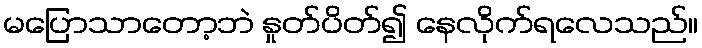
မပြောသာတော့ဘဲ နှုတ်ပိတ်၍ နေလိုက်ရလေသည်။